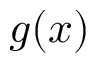
g ( x )